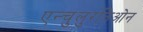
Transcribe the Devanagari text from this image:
एन्चुलुरतिओन